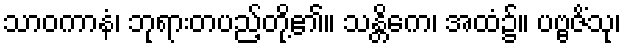
သာဝကာနံ၊ ဘုရားတပည့်တို့၏။ သန္တိကေ၊ အထံ၌။ ပဗ္ဗဇိံသု၊